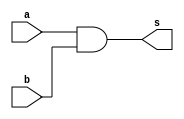
// -------------------------
// Exercicio009 - and
// Nome: Guilherme Diniz de Assumpcao
// -------------------------

module andgate (output s, input a, input b);
assign s = a&b;
endmodule

module andgate4(output s, input a, input b,input c,input d);
wire aux,aux2;
andgate a1(aux,a,b);
andgate a2(aux2,c,d);
assign s = aux & aux2;
endmodule

module testeAnd;

wire s;
reg a, b, c, d;

andgate4 A1 (s,a,b,c,d);

initial begin:start

a=0;
b=0;
c=0;
d=0;

end

initial begin:main
$display("Exercicio 002 - Guilherme Diniz de Assumpcao - 462269 ");
$display("Test and:");
$monitor("%d\t%b and %b and %b and %b = %b", $time, a, b,c,d, s);
#1 a=0;b=0;c=0;d=1;
#1 a=0;b=0;c=1;d=0;
#1 a=0;b=0;c=1;d=1;
#1 a=0;b=1;c=0;d=0;
#1 a=0;b=1;c=0;d=1;
#1 a=0;b=1;c=1;d=0;
#1 a=0;b=1;c=1;d=1;
#1 a=1;b=0;c=0;d=0;
#1 a=1;b=0;c=0;d=1;
#1 a=1;b=0;c=1;d=0;
#1 a=1;b=0;c=1;d=1;
#1 a=1;b=1;c=0;d=0;
#1 a=1;b=1;c=0;d=1;
#1 a=1;b=1;c=1;d=0;
#1 a=1;b=1;c=1;d=1;
end
endmodule